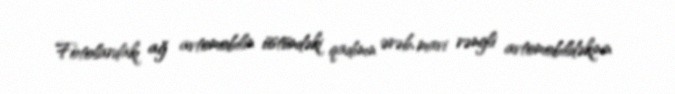
Fotolardakı ağ avtomobilin üstündəki qadının ərəb, mavi rəngli avtomobildəkinin